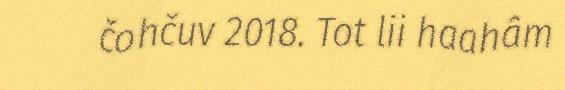
čohčuv 2018. Tot lii haahâm